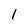
Character: l